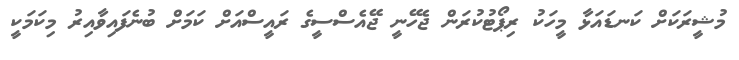
މުޝީރަކަށް ކަނޑައަޅާ މީހަކު ރިޕޯޓުކުރަން ޖެހޭނީ ޖޭއެސްސީގެ ރައީސްއަށް ކަމަށް ބުނެފައިވާއިރު މިކަމަކީ